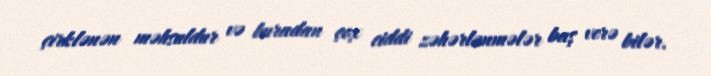
çirklənən məhsuldur və buradan çox ciddi zəhərlənmələr baş verə bilər.